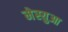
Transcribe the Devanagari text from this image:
मेस्युआ